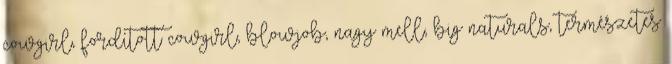
cowgirl, fordított cowgirl, blowjob, nagy mell, big naturals, természetes